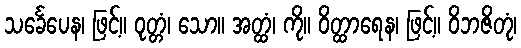
သင်္ခေပေန၊ ဖြင့်။ ဝုတ္တံ၊ သော။ အတ္ထံ၊ ကို။ ဝိတ္ထာရေန၊ ဖြင့်။ ဝိဘဇိတုံ၊